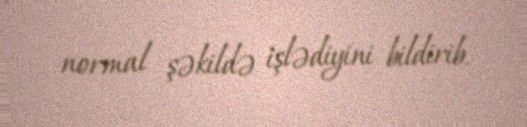
normal şəkildə işlədiyini bildirib.